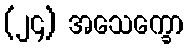
(၂၄) အသေက္ခော